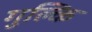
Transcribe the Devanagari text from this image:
गुल्कि